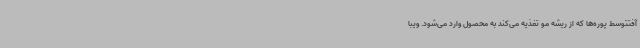
آفتتوسط پوره‌ها که از ریشه مو تغذیه می‌کند به محصول وارد می‌شود. ویبا